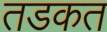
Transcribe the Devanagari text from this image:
तडकत